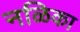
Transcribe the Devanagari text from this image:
नळिका